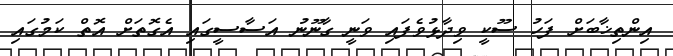
އިންތިޚާބަށް ފަހު ސޫކީ ވިދާޅުވެފައި ވަނީ ގާނޫނު އަސާސީގައި އެގޮތަށް އޮތް ކަމުގައި